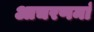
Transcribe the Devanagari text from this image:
आचरणमां